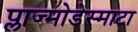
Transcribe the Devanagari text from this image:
प्लाज्मोडेस्माटा